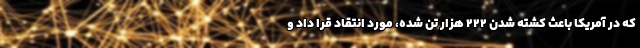
که در آمریکا باعث کشته شدن ۲۲۲ هزار تن شده، مورد انتقاد قرا داد و